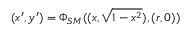
( x ^ { \prime } , y ^ { \prime } ) = \Phi _ { S M } ( ( x , \sqrt { 1 - x ^ { 2 } } ) , ( r , 0 ) )